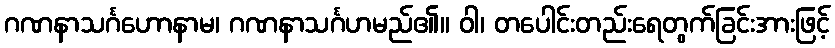
ဂဏနာသင်္ဂဟောနာမ၊ ဂဏနာသင်္ဂဟမည်၏။ ဝါ၊ တပေါင်းတည်းရေတွက်ခြင်းအားဖြင့်